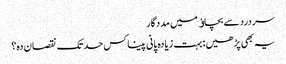
سردرد سے بچاﺅ میں مددگار
یہ بھی پڑھیں : بہت زیادہ پانی پینا کس حد تک نقصان دہ؟